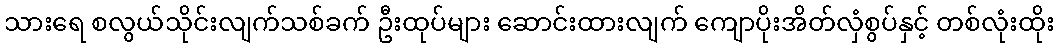
သားရေ စလွယ်သိုင်းလျက်သစ်ခက် ဦးထုပ်များ ဆောင်းထားလျက် ကျောပိုးအိတ်လှံစွပ်နှင့် တစ်လုံးထိုး